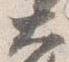
大